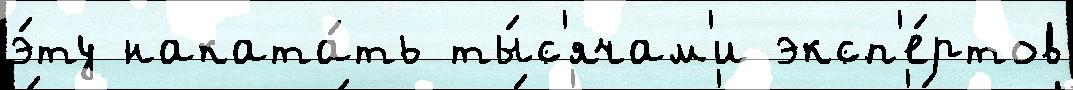
э́ту наката́ть ты́с'ячам'и эксп'е́ртов